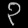
Digit: ၃